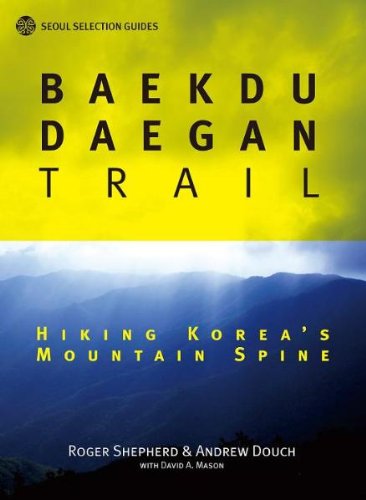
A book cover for Baekdu-daegan Trail: Hiking Korea's Mountain Spine (Seoul Selection Guides); Roger Shepherd; Travel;